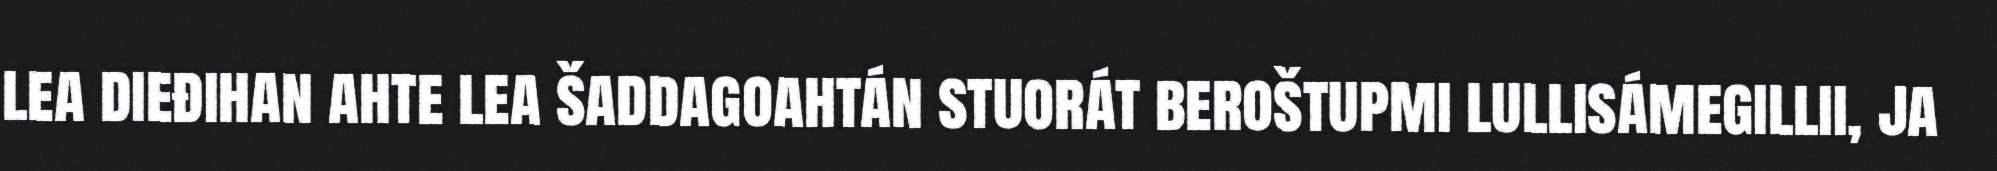
lea dieđihan ahte lea šaddagoahtán stuorát beroštupmi lullisámegillii, ja